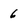
Character: 6